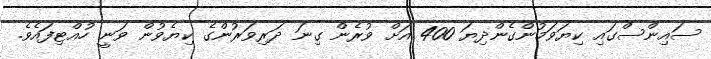
ސައިންސްގައި ކިޔަވަމުންގެންދިޔަ 400 އަށް ވުރެން ގިނަ ދަރިވަރުންގެ ކިޔެވުން ވަނީ ހުއްޓިފައެވެ.